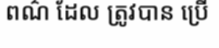
ពណ៌ ដែល ត្រូវបាន ប្រើ